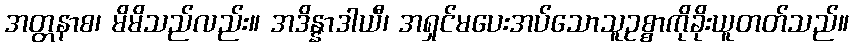
အတ္တနာစ၊ မိမိသည်လည်း။ အဒိန္နာဒါယီ၊ အရှင်မပေးအပ်သောသူဥစ္စာကိုခိုးယူတတ်သည်။